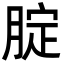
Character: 腚